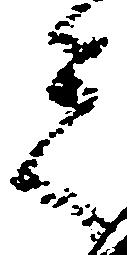
者